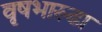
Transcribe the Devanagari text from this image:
वृषभारूढा